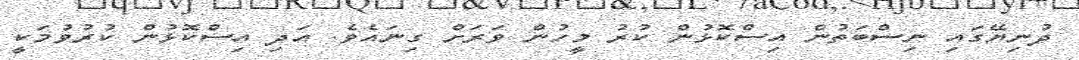
ދުނިޔޭގައި ނިސްބަތުން އިސްކޮޅުން ކުރު މީހުން ވަރަށް ގިނައެވެ. އަދި އިސްކޮޅުން ކުރުވުމަކީ